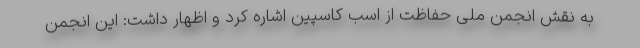
به نقش انجمن ملی حفاظت از اسب کاسپین اشاره کرد و اظهار داشت: این انجمن